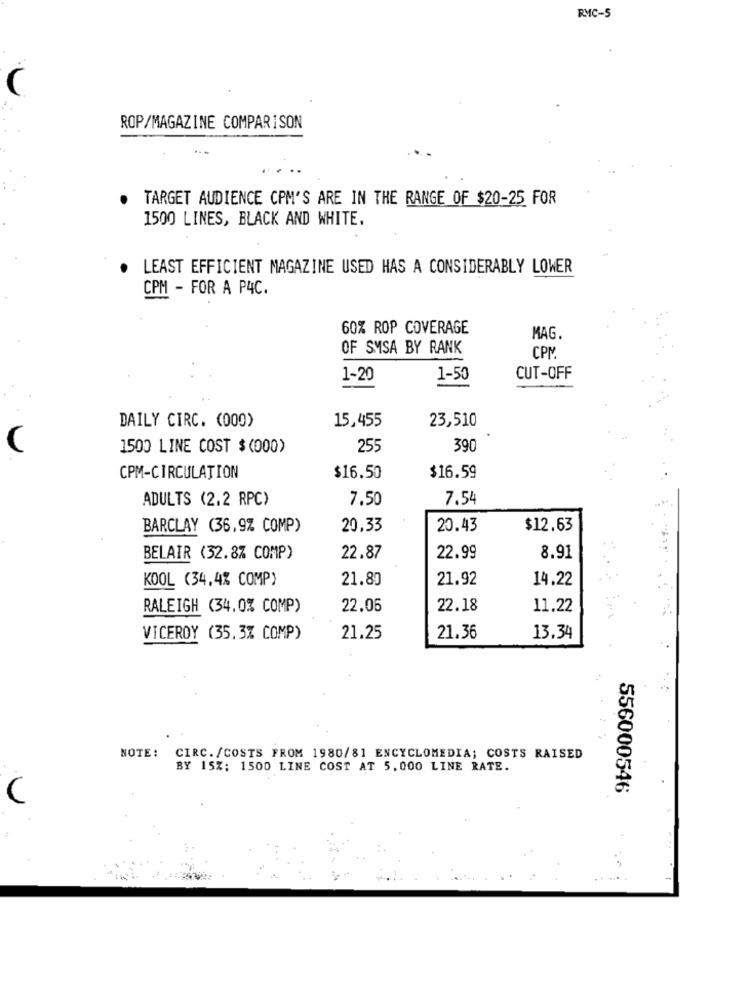
RMC-5
(
ROP/MAGAZINE COMPARISON
TARGET AUDIENCE CPM'S ARE IN THE RANGE OF $20-25 FOR
1500 LINES, BLACK AND WHITE.
LEAST EFFICIENT MAGAZINE USED HAS A CONSIDERABLY LOWER
CPM - FOR A P4C.
60% ROP COVERAGE
MAG.
OF SMSA BY RANK
CPM
1-20
1-50
CUT-OFF
DAILY CIRC. (000)
15,455
23,510
1500 LINE COST $(000)
255
390
CPM-CIRCULATION
$16.50
$16.59
ADULTS (2.2 RPC)
7.50
7.54
BARCLAY (36,9% COMP)
20,33
20.43
$12.63
BELAIR (32.8% COMP)
22.87
22.99
8.91
KOOL (34.4% COMP)
21.80
21.92
14.22
RALEIGH (34.0% COMP)
22.05
22.18
11.22
VICEROY (35.3% COMP)
21.25
21.36
13.34
NOTE:
CIRC. /COSTS FROM 1980/81 ENCYCLOMEDIA; COSTS RAISED
BY 15%; 1500 LINE COST AT 5,000 LINE RATE.
556000546
C